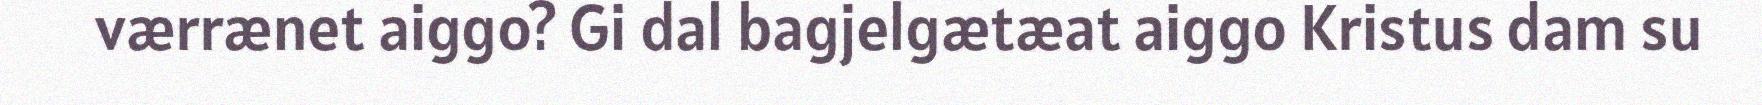
værrænet aiggo? Gi dal bagjelgætæat aiggo Kristus dam su